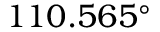
1 1 0 . 5 6 5 ^ { \circ }